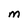
Character: M